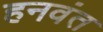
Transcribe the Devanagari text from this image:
हनवंत